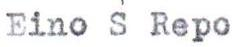
Eino S Repo